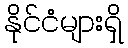
နိုင်ငံများရှိ